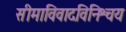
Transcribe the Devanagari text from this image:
सीमाविवादविनिश्चय